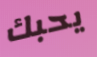
يحبك